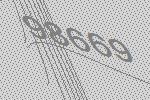
98669